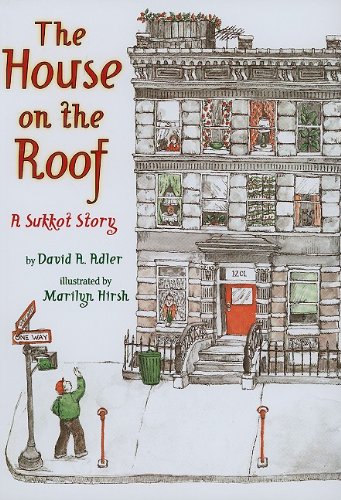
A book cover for The House on the Roof: A Sukkot Story; David A. Adler; Children's Books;